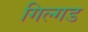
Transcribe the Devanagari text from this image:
गिल्गड